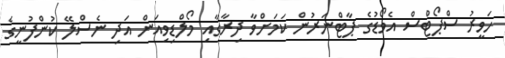
ހަވީރު ސްޕޯޓްސް އެވޯޑުގެ ޕާޓްނަރުން ކަމަށްވާ ދިރާގާއި މޯލްޑިވިއަން އަދި ނެސްލޭ ކުންފުނީގެ